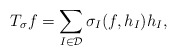
\begin{align*}T_{\sigma}f=\sum_{I\in\mathcal D}\sigma_{I}(f,h_{I})h_{I},\end{align*}